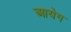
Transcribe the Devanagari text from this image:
आयेग